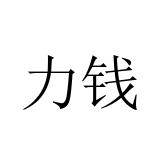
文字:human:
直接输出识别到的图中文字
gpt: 力钱